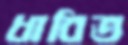
ধাবিত